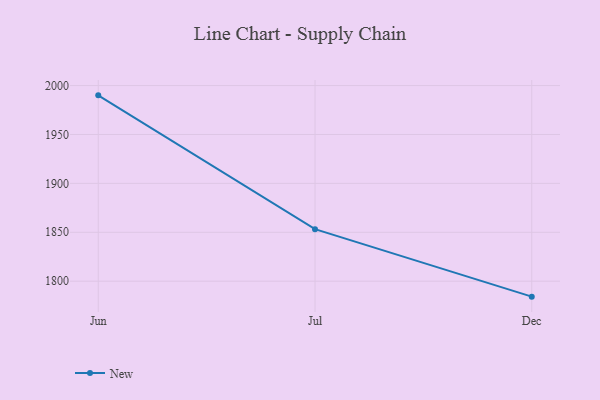
{"axis": {"x": "Month", "y": "Satisfaction Score"}, "legend": ["New"], "data": [{"x": "Jun", "y": 1990.0, "type": "New"}, {"x": "Jul", "y": 1853.2, "type": "New"}, {"x": "Dec", "y": 1784.2, "type": "New"}]}